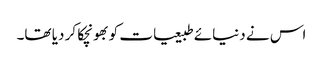
اس نے دنیائے طبیعیات کو بھونچکا کر دیا تھا۔